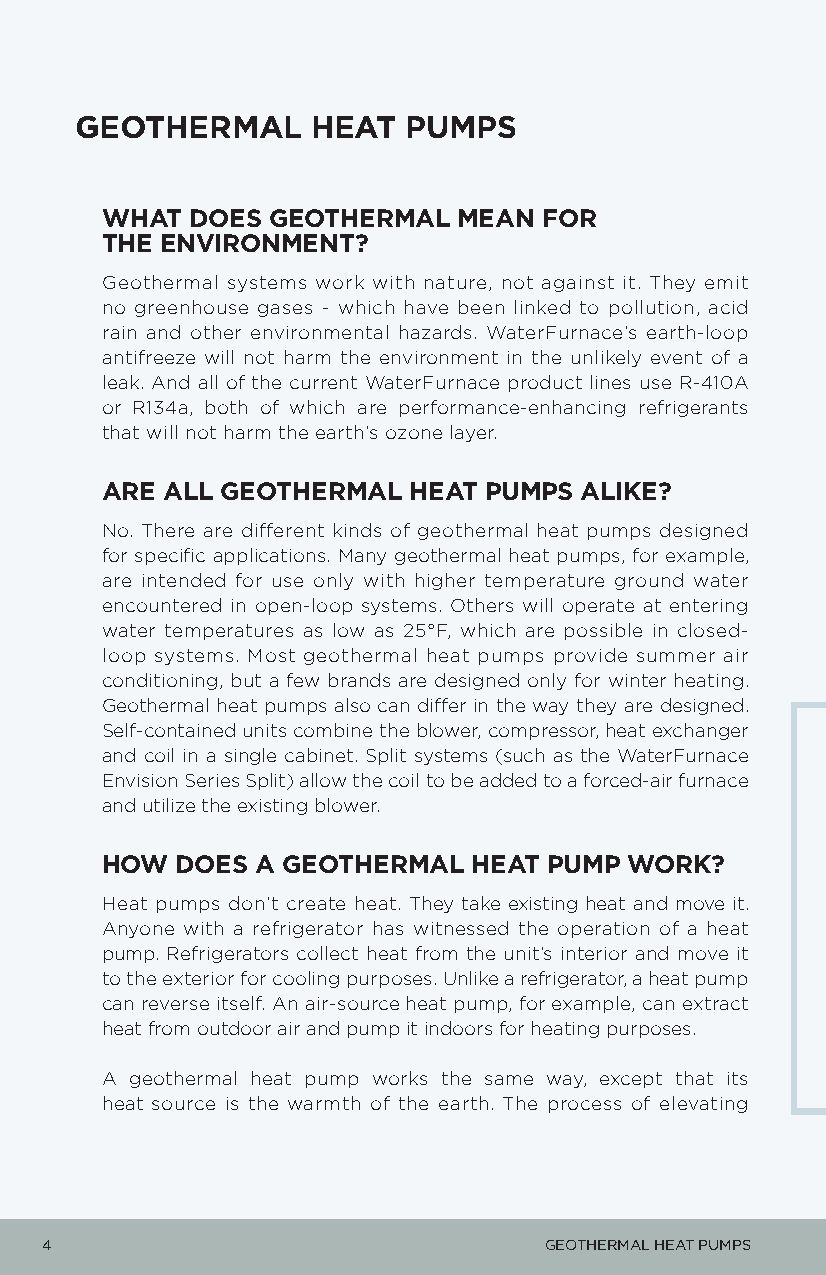
GEOTHERMAL      HEAT  PUMPS
 WHAT  DOES GEOTHERMAL  MEAN  FOR
 THE ENVIRONMENT?
 Geothermal systems work with nature, not against it. They emit
 no greenhouse gases - which have been linked to pollution, acid
 rain and other environmental hazards. WaterFurnace’s earth-loop
 antifreeze will not harm the environment in the unlikely event of a
 leak. And all of the current WaterFurnace product lines use R-410A
 or R134a, both of which are performance-enhancing refrigerants
 that will not harm the earth’s ozone layer.
 ARE ALL GEOTHERMAL  HEAT PUMPS ALIKE?
 No. There are different kinds of geothermal heat pumps designed
 for specific applications. Many geothermal heat pumps, for example,
 are intended for use only with higher temperature ground water
 encountered in open-loop systems. Others will operate at entering
 water temperatures as low as 25°F, which are possible in closed-
 loop systems. Most geothermal heat pumps provide summer air
 conditioning, but a few brands are designed only for winter heating.
 Geothermal heat pumps also can differ in the way they are designed.
 Self-contained units combine the blower, compressor, heat exchanger
 and coil in a single cabinet. Split systems (such as the WaterFurnace
 Envision Series Split) allow the coil to be added to a forced-air furnace
 and utilize the existing blower.
 HOW  DOES A GEOTHERMAL  HEAT PUMP  WORK?
 Heat pumps don’t create heat. They take existing heat and move it.
 Anyone with a refrigerator has witnessed the operation of a heat
 pump. Refrigerators collect heat from the unit’s interior and move it
 to the exterior for cooling purposes. Unlike a refrigerator, a heat pump
 can reverse itself. An air-source heat pump, for example, can extract
 heat from outdoor air and pump it indoors for heating purposes.
 A geothermal heat pump works the same way, except that its
 heat source is the warmth of the earth. The process of elevating
 4                                GEOTHERMAL HEAT PUMPS